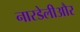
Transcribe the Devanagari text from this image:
नारडेलीऔर